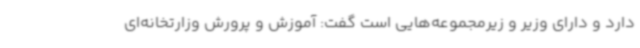
دارد و دارای وزیر و زیرمجموعه‌هایی است گفت: آموزش و پرورش وزارتخانه‌ای